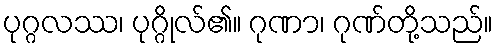
ပုဂ္ဂလဿ၊ ပုဂ္ဂိုလ်၏။ ဂုဏာ၊ ဂုဏ်တို့သည်။